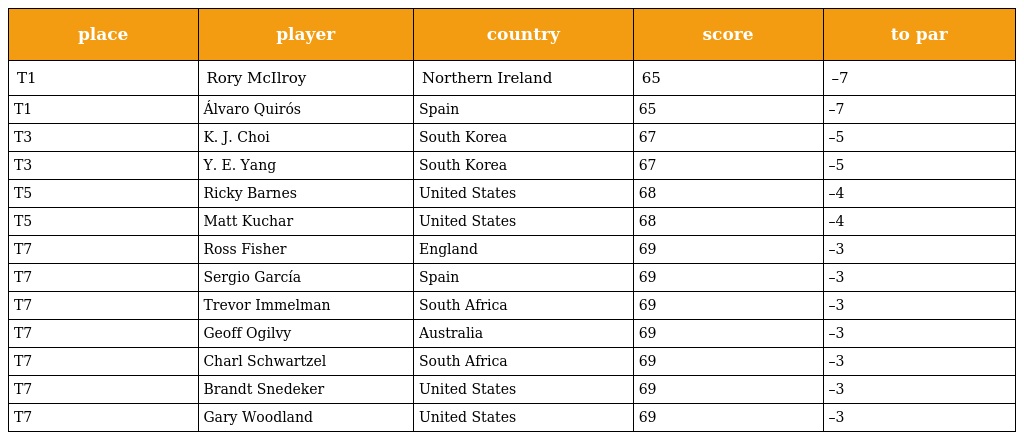
| place | player | country | score | to par |
 | --- | --- | --- | --- | --- |
 | T1 | Rory McIlroy | Northern Ireland | 65 | –7 |
 | T1 | Álvaro Quirós | Spain | 65 | –7 |
 | T3 | K. J. Choi | South Korea | 67 | –5 |
 | T3 | Y. E. Yang | South Korea | 67 | –5 |
 | T5 | Ricky Barnes | United States | 68 | –4 |
 | T5 | Matt Kuchar | United States | 68 | –4 |
 | T7 | Ross Fisher | England | 69 | –3 |
 | T7 | Sergio García | Spain | 69 | –3 |
 | T7 | Trevor Immelman | South Africa | 69 | –3 |
 | T7 | Geoff Ogilvy | Australia | 69 | –3 |
 | T7 | Charl Schwartzel | South Africa | 69 | –3 |
 | T7 | Brandt Snedeker | United States | 69 | –3 |
 | T7 | Gary Woodland | United States | 69 | –3 |